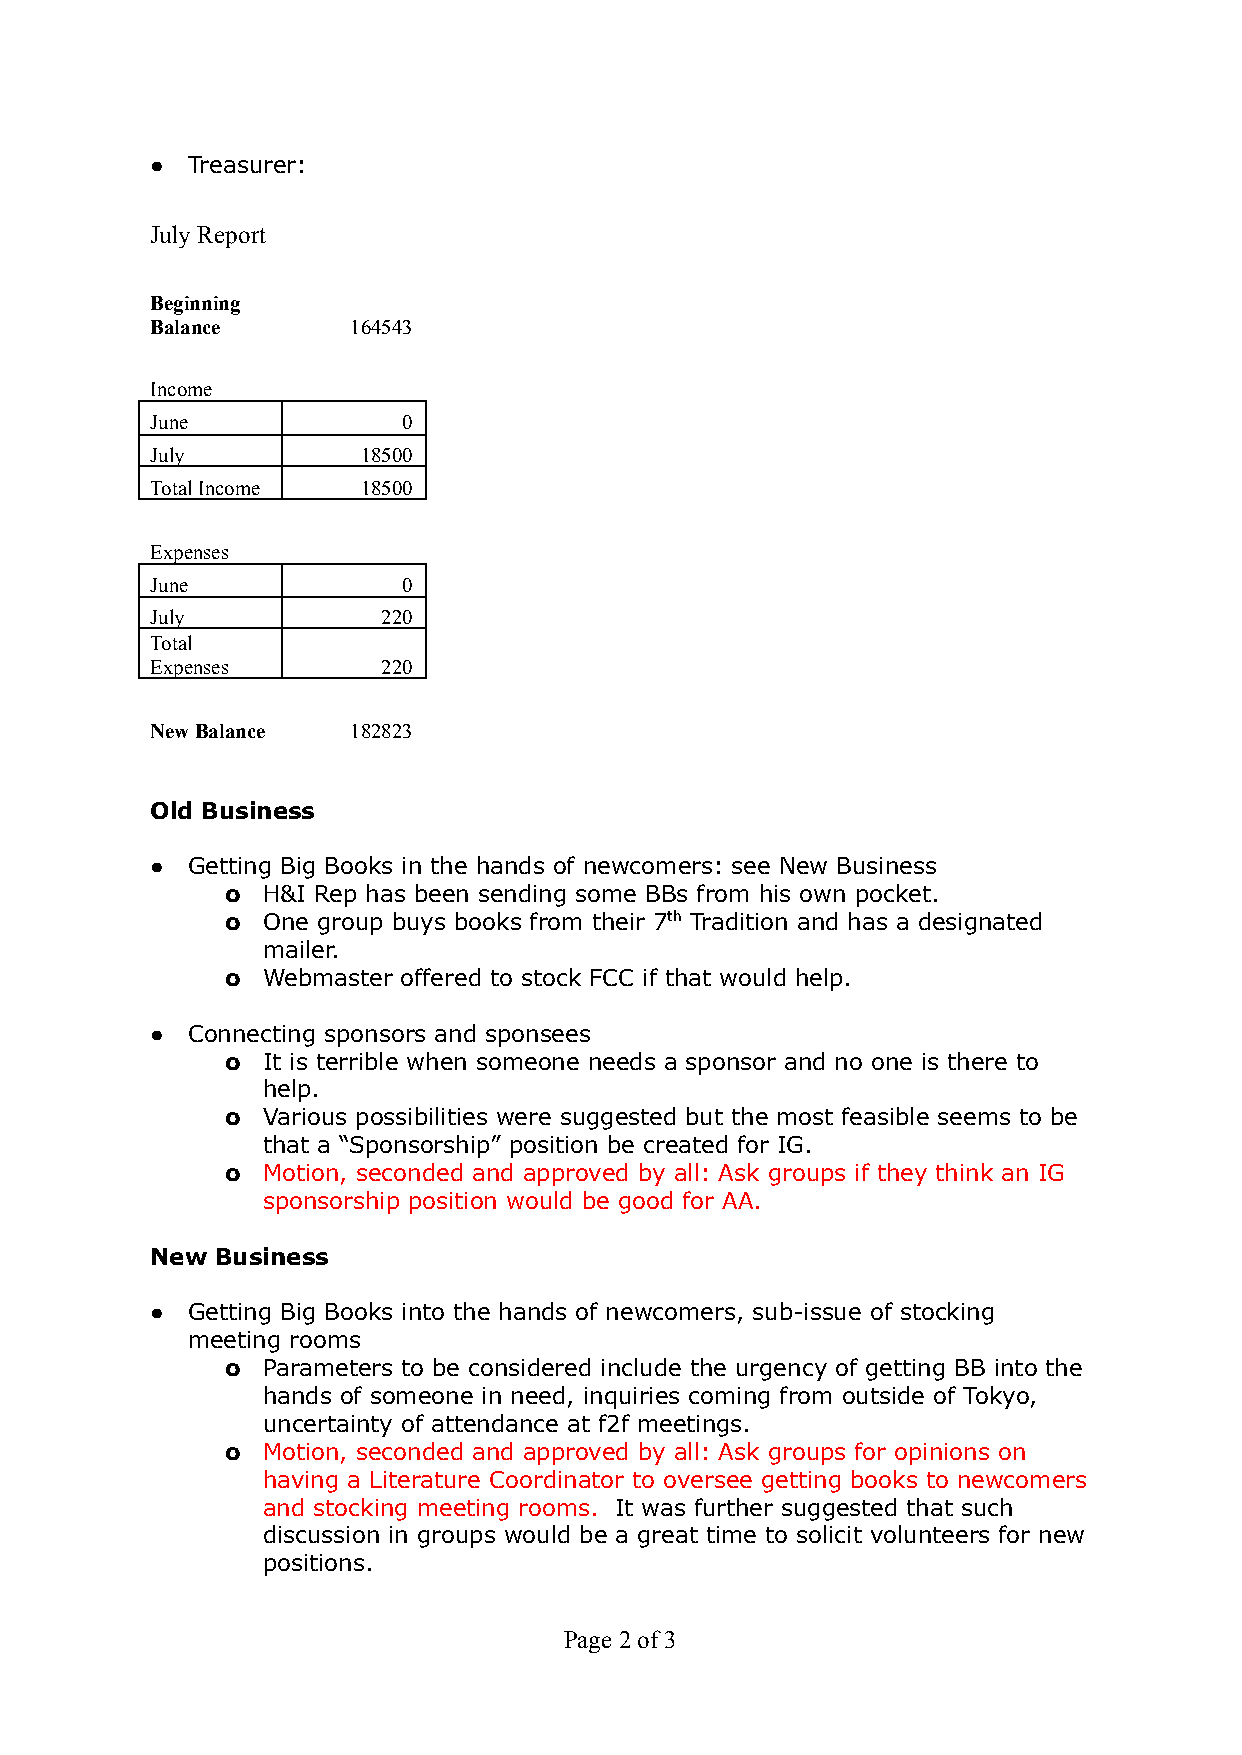
● Treasurer:
 July Report
 Beginning
 Balance      164543
 Income
 June             0
 July          18500
 Total Income  18500
 Expenses
 June             0
 July           220
 Total
 Expenses       220
 New Balance  182823
 Old Business
 ● Getting Big Books in the hands of newcomers: see New Business
 o H&I Rep has been sending some BBs from his own pocket.
 o One group buys books from their 7th Tradition and has a designated
 mailer.
 o Webmaster offered to stock FCC if that would help.
 ● Connecting sponsors and sponsees
 o It is terrible when someone needs a sponsor and no one is there to
 help.
 o Various possibilities were suggested but the most feasible seems to be
 that a “Sponsorship” position be created for IG.
 o Motion, seconded and approved by all: Ask groups if they think an IG
 sponsorship position would be good for AA.
 New Business
 ● Getting Big Books into the hands of newcomers, sub-issue of stocking
 meeting rooms
 o Parameters to be considered include the urgency of getting BB into the
 hands of someone in need, inquiries coming from outside of Tokyo,
 uncertainty of attendance at f2f meetings.
 o Motion, seconded and approved by all: Ask groups for opinions on
 having a Literature Coordinator to oversee getting books to newcomers
 and stocking meeting rooms. It was further suggested that such
 discussion in groups would be a great time to solicit volunteers for new
 positions.
 Page2of 3